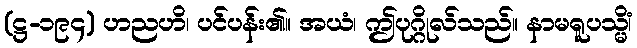
(ဋ္ဌ-၁၉၄) ဟညဟိ၊ ပင်ပန်း၏။ အယံ၊ ဤပုဂ္ဂိုလ်သည်။ နာမရူပသ္မိံ၊